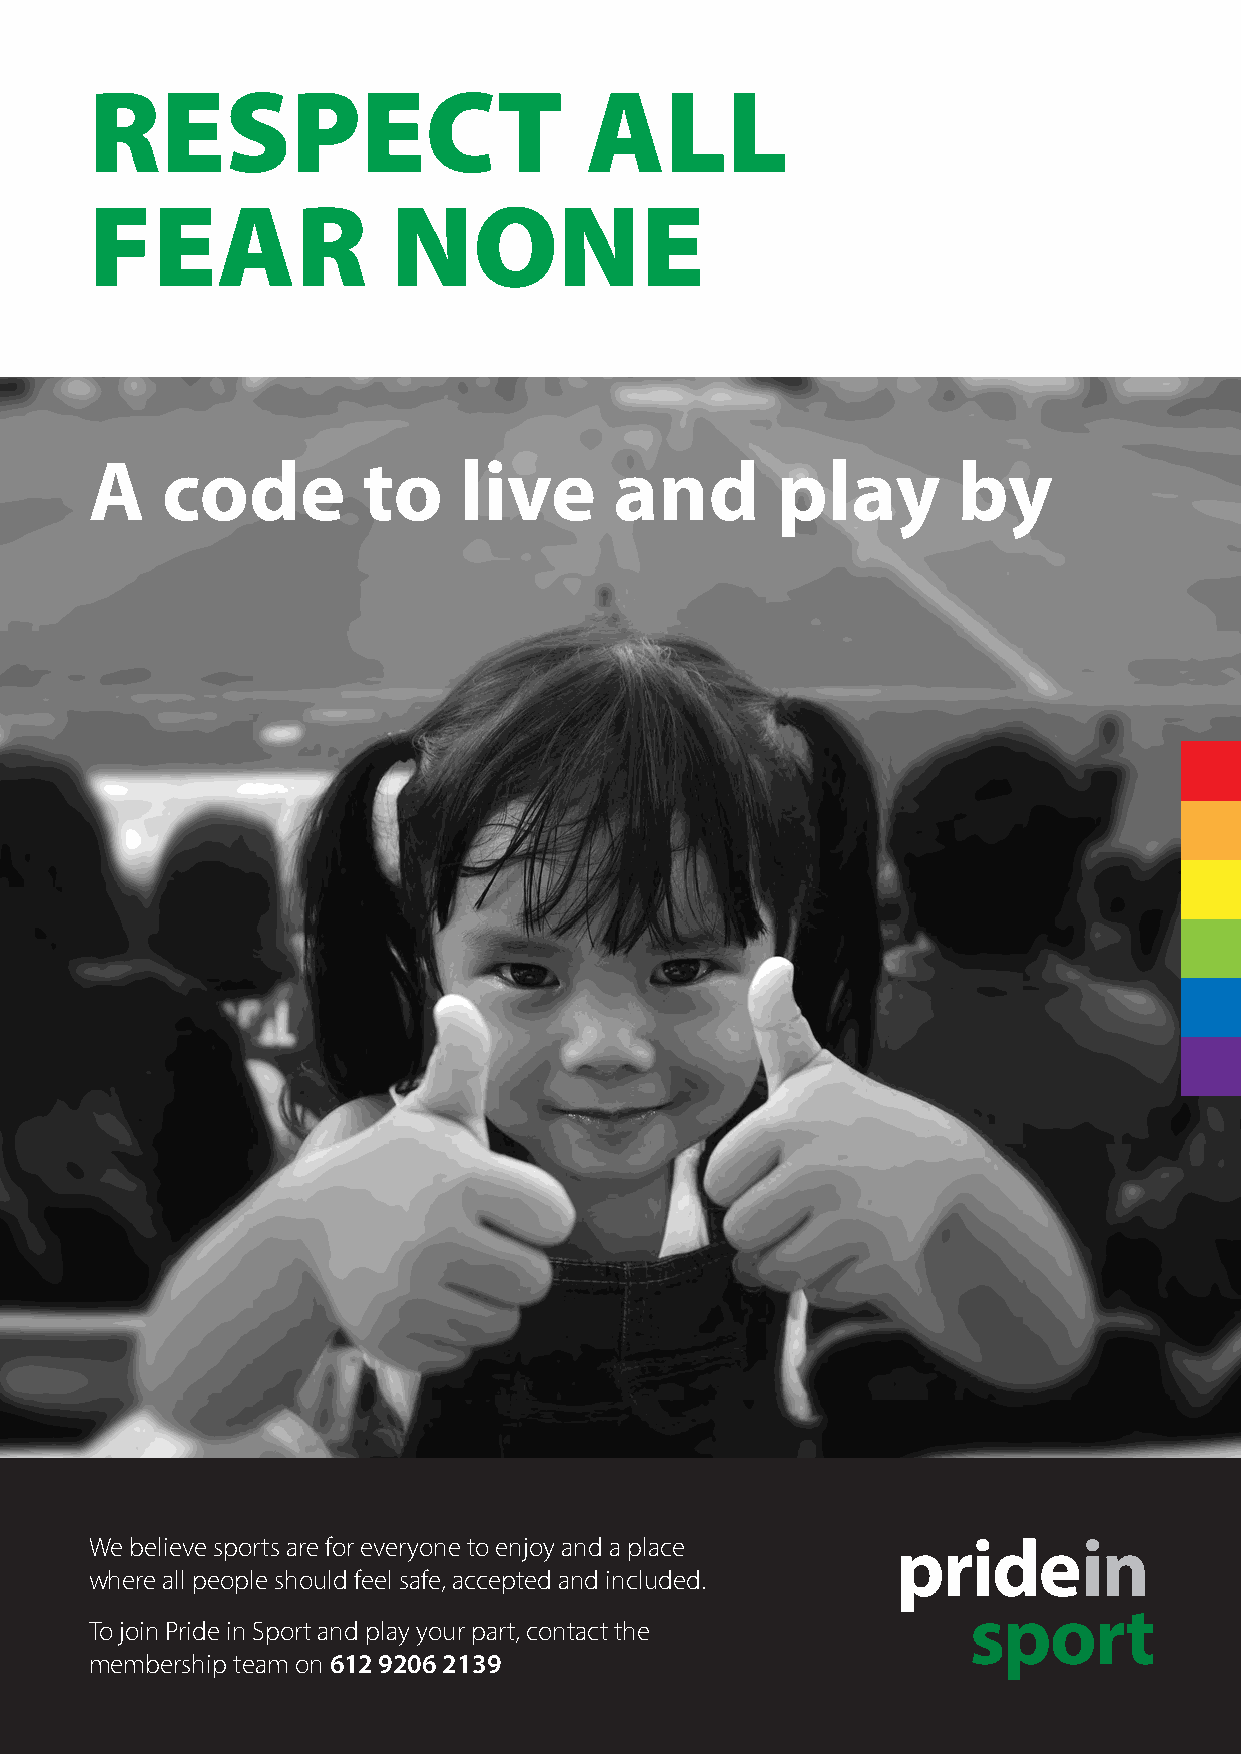
RESPECT                          ALL
 FEAR                NONE
 A    code         to    live       and       play        by
 We believe sports are for everyone to enjoy and a place
 where all people should feel safe, accepted and included.
 To join Pride in Sport and play your part, contact the
 membership team on 612 9206 2139